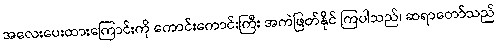
အလေးပေးထားကြောင်းကို ကောင်းကောင်းကြီး အကဲဖြတ်နိုင် ကြပါသည်၊ ဆရာတော်သည်